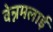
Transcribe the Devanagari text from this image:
वेन्नमलाई